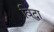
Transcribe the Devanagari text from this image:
विद्धा